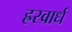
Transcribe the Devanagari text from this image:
ह्रस्वार्ध